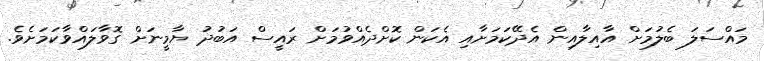
މައްސަލަ ބެލުމަށް އާއިލާއިން އެދޭކަމަށާއި އެކަން ކޮށްދެއްވުމަށް ރައީސް އަބުދު ޔާމީނަށް ގޮވާލައްވާކަމަށެވެ.